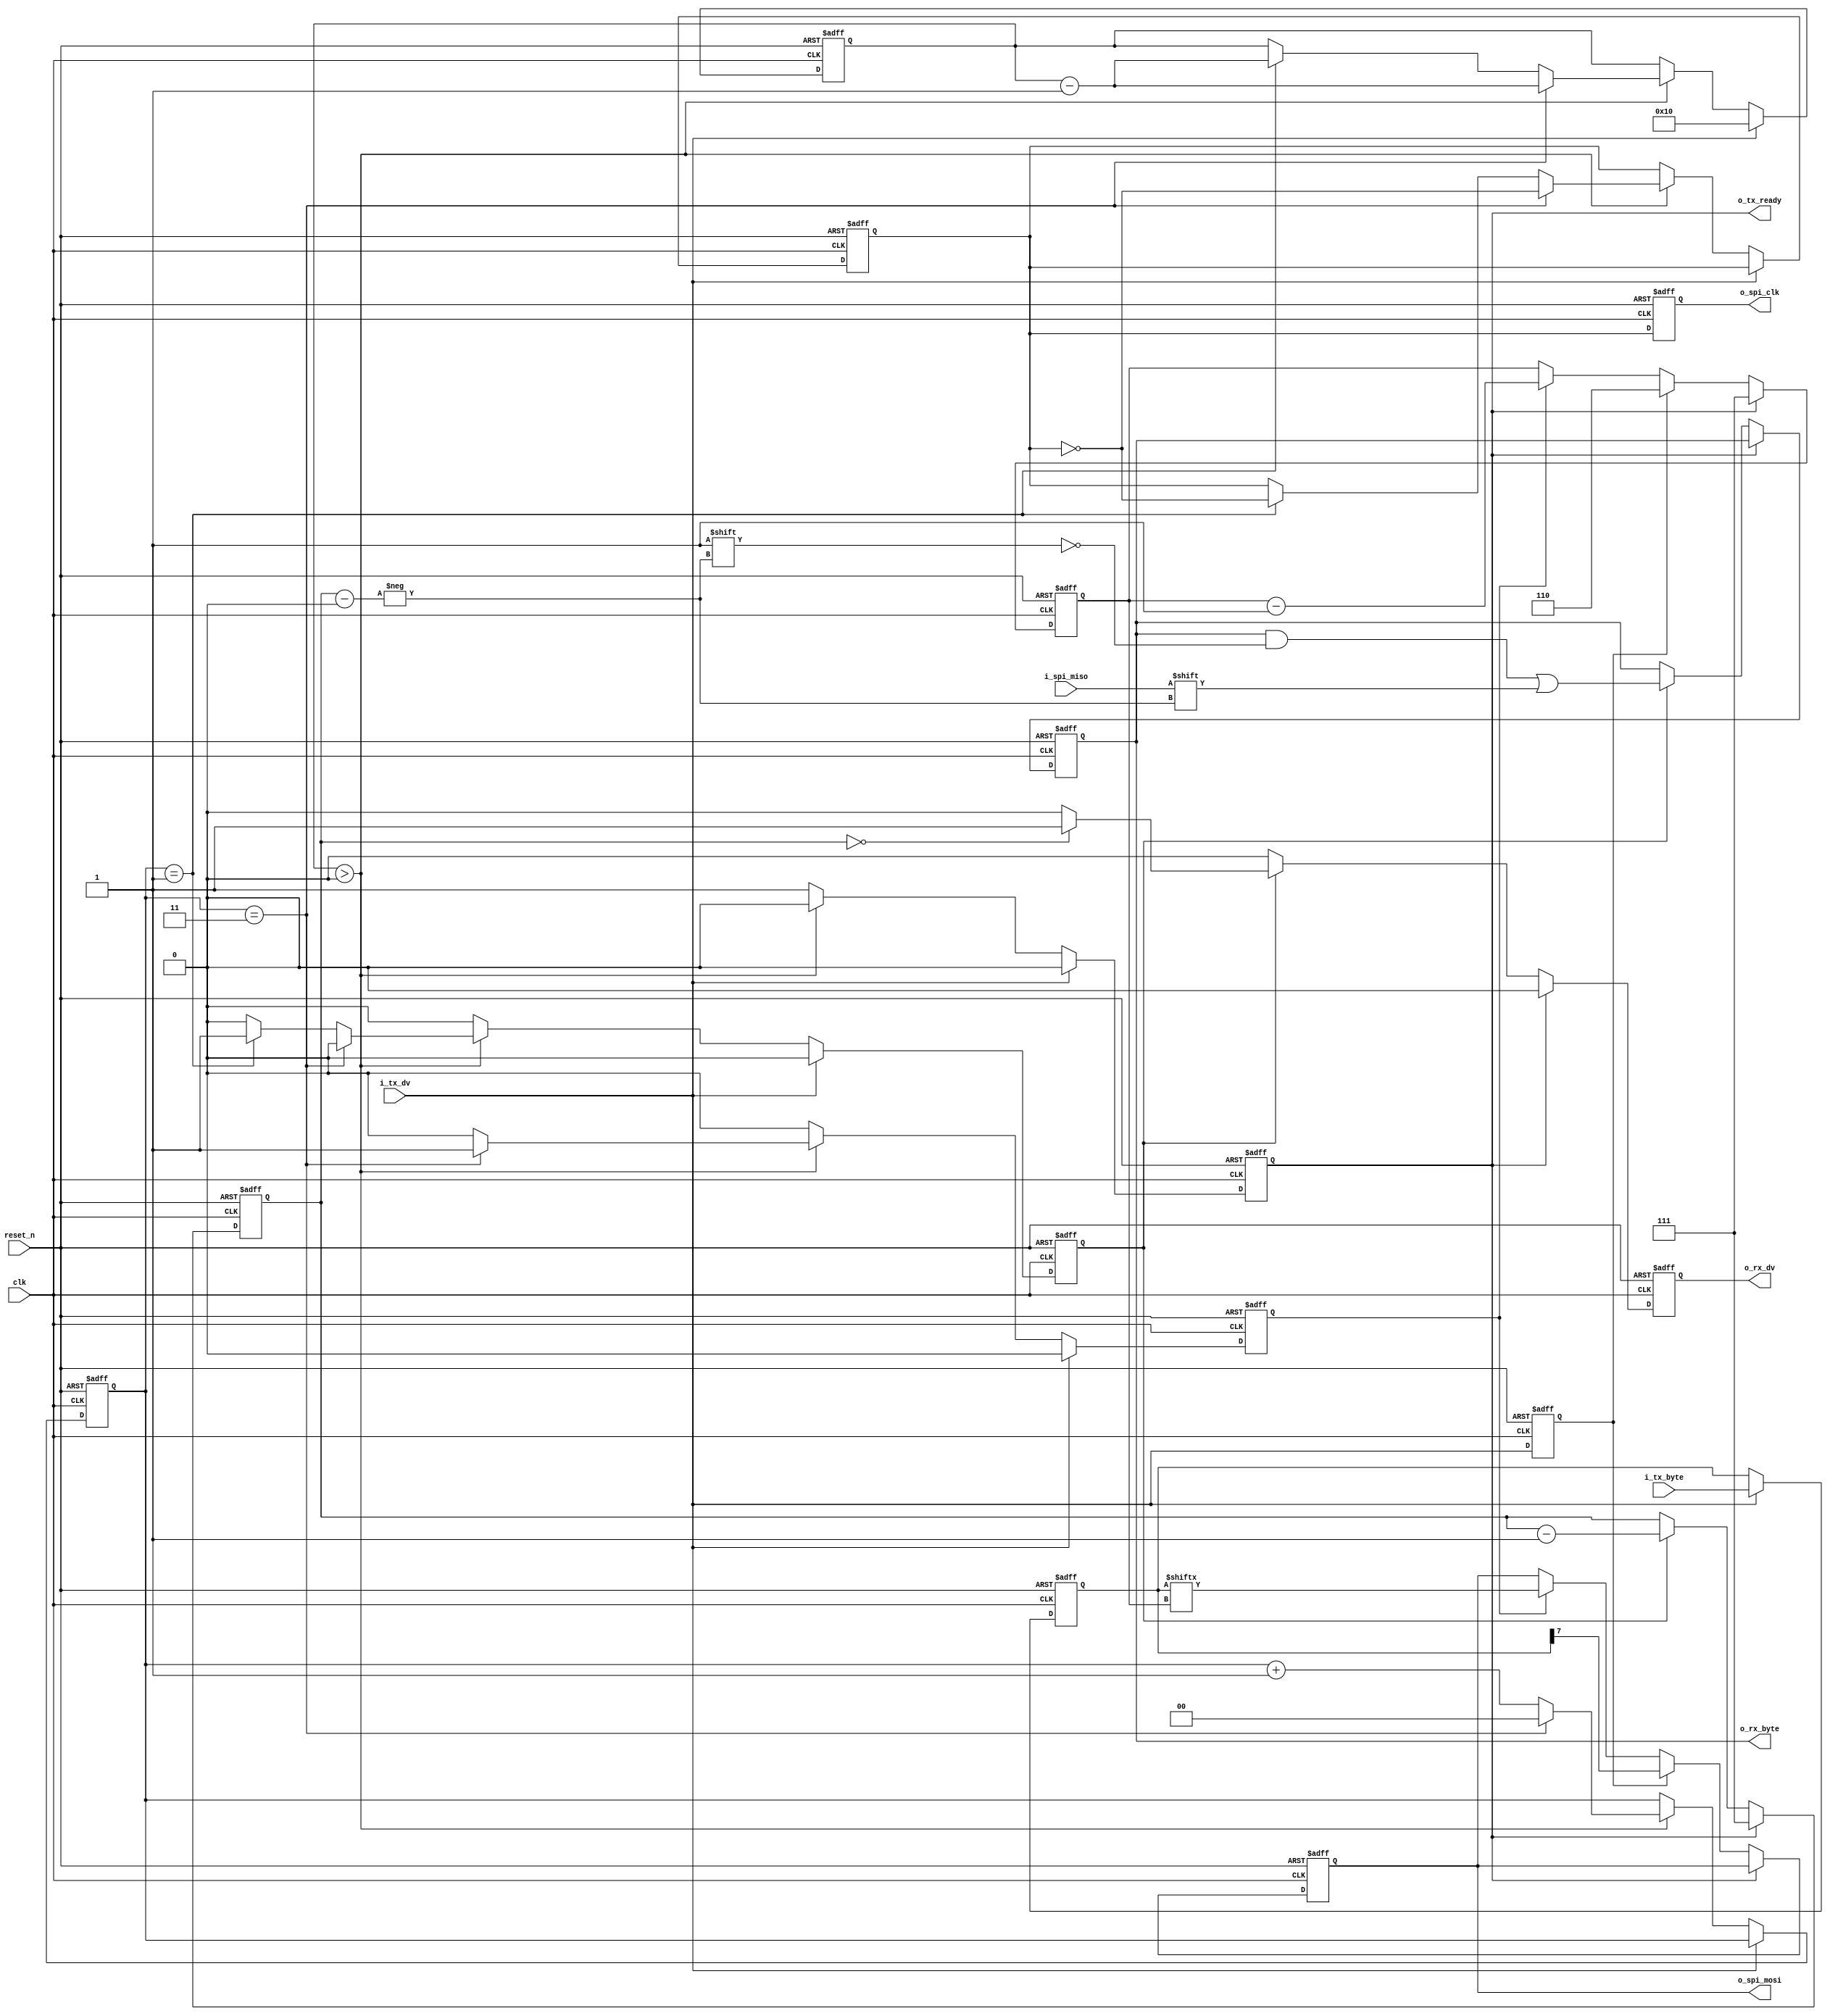
module spi_master
#(parameter SPI_MODE=0,parameter CLKS_PER_HALF_BIT=2)
(
	input clk,reset_n,
	input [7:0] i_tx_byte,
	input i_tx_dv,
	output reg o_tx_ready,
	
	output reg o_rx_dv,
	output reg [7:0] o_rx_byte,
	
	output reg o_spi_clk,
	input i_spi_miso,
	output reg o_spi_mosi
);
wire w_cpol,w_cpha;

reg [$clog2(CLKS_PER_HALF_BIT*2)-1:0] spi_clk_count;
reg spi_clk;
reg [4:0] spi_clk_edges;
reg leading_edge;
reg trailing_edge;
reg tx_dv;
reg [7:0] tx_byte;

reg [2:0] rx_bits_count,tx_bits_count;

assign w_cpol = (SPI_MODE == 2) | (SPI_MODE == 3);
assign w_cpha = (SPI_MODE == 1 ) | (SPI_MODE == 3);
always @(posedge clk or negedge reset_n)
begin
	if(~reset_n)
	begin
		o_tx_ready <= 0;
		spi_clk_edges <= 0;
		leading_edge <= 0;
		trailing_edge <= 0;
		spi_clk <= w_cpol;
		spi_clk_count <= 0;
	end
	else
	begin
		leading_edge <= 0;
		trailing_edge <= 0;
		if(i_tx_dv == 1'b1)
		begin
			o_tx_ready <= 0;
			spi_clk_edges <= 16;
		end
		else if(spi_clk_edges >0)
		begin
			o_tx_ready <= 0;
			if(spi_clk_count == CLKS_PER_HALF_BIT*2-1)
			begin
				spi_clk_edges <= spi_clk_edges - 1;
				trailing_edge <= 1;
				spi_clk_count <= 0;
				spi_clk <= ~spi_clk;
			end
			else if(spi_clk_count == CLKS_PER_HALF_BIT-1)
			begin
				spi_clk_edges <= spi_clk_edges - 1;
				leading_edge <= 1;
				spi_clk_count <= spi_clk_count + 1;
				spi_clk <= ~spi_clk;
			end
			else
			begin
				spi_clk_count <= spi_clk_count + 1;
			end
		end
		else
		begin
			o_tx_ready <= 1;
		end
	end
end
always @(posedge clk or negedge reset_n)
begin
	if(~reset_n)
	begin
		tx_byte <= 0;
		tx_dv <= 0;
	end
	else
	begin
		tx_dv <= i_tx_dv;
		if(i_tx_dv)
			tx_byte <= i_tx_byte;
	end
end

always @(posedge clk or negedge reset_n)
begin
	if(~reset_n)
	begin
		o_spi_mosi <= 0;
		tx_bits_count <= 3'b111;
	end
	else
	begin
		if(o_tx_ready)
		begin
			tx_bits_count <= 3'b111;
		end
		else if(tx_dv && ~w_cpha)
		begin
			o_spi_mosi <= tx_byte[3'b111];
			tx_bits_count <= 3'b110;
		end
		else if((leading_edge & w_cpha) | (trailing_edge & ~w_cpha))
		begin
			o_spi_mosi <= tx_byte[tx_bits_count];
			tx_bits_count <= tx_bits_count - 1;
		end
	end
end

always @(posedge clk or negedge reset_n)
begin
	if(~reset_n)
	begin
		o_rx_byte <= 0;
		o_rx_dv <= 0;
		rx_bits_count <= 3'b111;
	end
	else 
	begin
		o_rx_dv <= 0;
		if(o_tx_ready)
			rx_bits_count <= 3'b111;
		else if((leading_edge & ~w_cpha) | (trailing_edge & w_cpha))
		begin
			o_rx_byte[rx_bits_count] <= i_spi_miso;
			rx_bits_count <= rx_bits_count - 1;
			if(rx_bits_count == 3'b000)
				o_rx_dv <= 1;
		end
	end
end
always @(posedge clk or negedge reset_n)
begin
	if(~reset_n)
	begin
		o_spi_clk <= w_cpol;
	end
	else 
	begin
		o_spi_clk <= spi_clk;
	end
end
endmodule